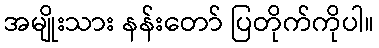
အမျိုးသား နန်းတော် ပြတိုက်ကိုပါ။